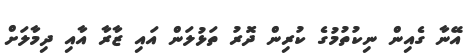
އޭނާ ގެއިން ނިކުތުމުގެ ކުރިން ދޮރު ތަޅުލަން އައި ޒާރާ އާއި ދިމާލަށް